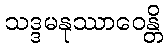
သဒ္ဒမနုဿာဝေန္တိ